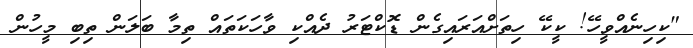
"ކިހިނެއްވީހޭ! ކީކޭ ހިތަަށްއަރައިގެން ޑޮކްޓަރު ދެއްކި ވާހަކަތައް ތިމާ ބަލަން ތިބި މީހުން